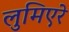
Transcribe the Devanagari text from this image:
लुमिएरे